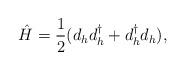
LaTeX: \begin{align*}\hat{H}={1 \over 2}(d_{h} d_{h}^{\dagger} +d_{h}^{\dagger} d_{h}),\end{align*}